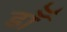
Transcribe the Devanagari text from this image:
डाॅॅ